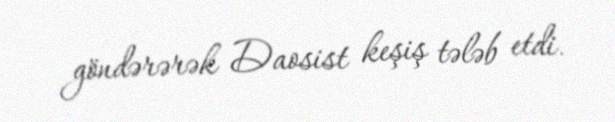
göndərərək Daosist keşiş tələb etdi.